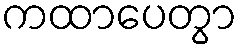
ကထာပေတွာ